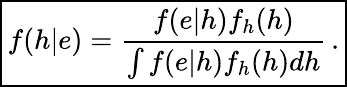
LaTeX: \boxed{f(h|e)=\frac{f(e|h)f_{h}(h)}{\int f(e|h)f_{h}(h)dh}\, .}